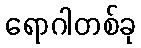
ရောဂါတစ်ခု